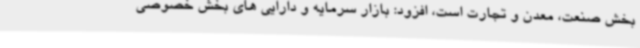
بخش صنعت، معدن و تجارت است، افزود: بازار سرمایه و دارایی های بخش خصوصی